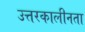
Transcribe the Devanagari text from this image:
उत्तरकालीनता